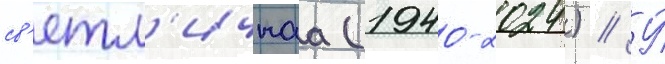
св'етл'ичнаа (1940-2024) // У́